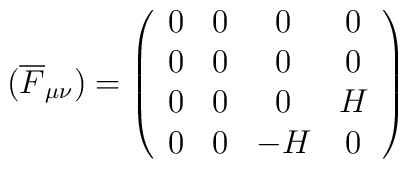
(\overline{F}_{\mu \nu})=\left(\begin{array}{cccc}0&0& 0&0 \\0&0& 0&0 \\0&0& 0&H \\0&0&-H&0\end{array}\right)